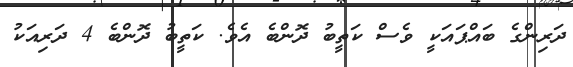
ދަރިންގެ ބައްޕައަކީ ވެސް ކަތީބު ދޮންބެ އެވެ. ކަތީބު ދޮންބެ 4 ދަރިއަކު